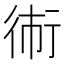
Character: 𱜫